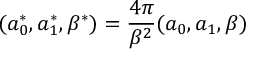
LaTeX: ( a _ { 0 } ^ { * } , a _ { 1 } ^ { * } , \beta ^ { * } ) = \frac { 4 \pi } { \beta ^ { 2 } } ( a _ { 0 } , a _ { 1 } , \beta )